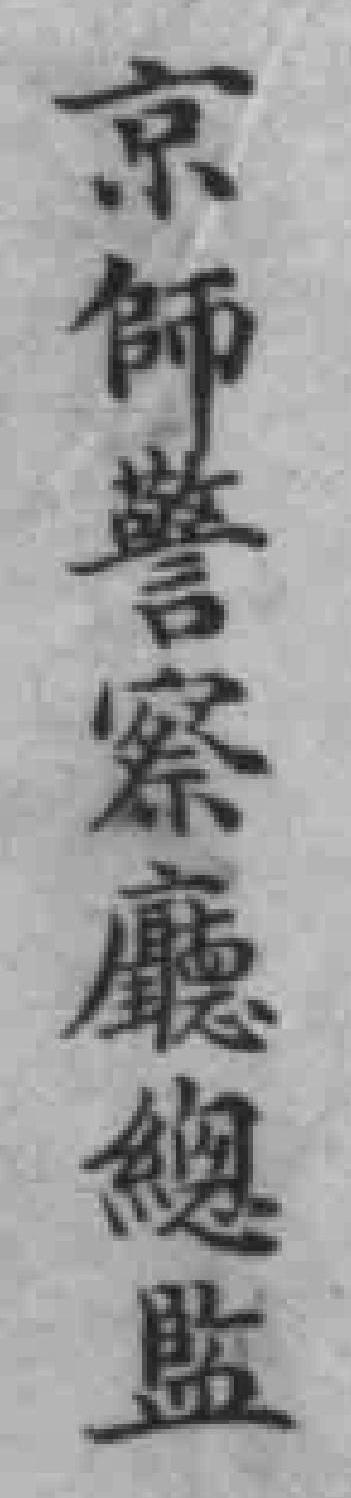
京師警察廳總监